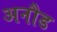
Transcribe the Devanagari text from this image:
अनौड